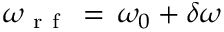
\omega _ { \mathrm { ~ r ~ f ~ } } \, = \, \omega _ { 0 } + \delta \omega